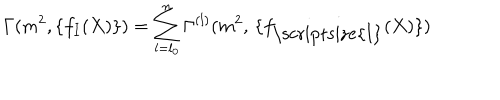
\Gamma ( m ^ { 2 } , \{ f _ { I } ( X ) \} ) = \sum _ { l = l _ { 0 } } ^ { n } \Gamma ^ { ( l ) } ( m ^ { 2 } , \, \{ f _ { \mathrm { \scriptsize { I } } } ( X ) \} )